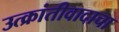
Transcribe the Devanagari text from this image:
उत्क्रांतीवादाचा